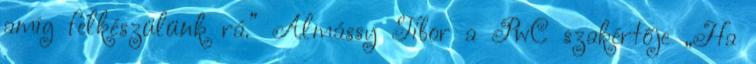
amíg felkészülünk rá.” Almássy Tibor a PwC szakértője „Ha